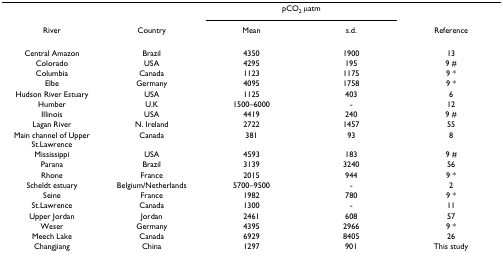
|  |  | <COLSPAN=2> pCO2 μatm |  |
 | River | Country | Mean | s.d. | Reference |
 | --- | --- | --- | --- | --- |
 | Central Amazon | Brazil | 4350 | 1900 | 13 |
 | Colorado | USA | 4295 | 195 | 9 # |
 | Columbia | Canada | 1123 | 1175 | 9 * |
 | Elbe | Germany | 4095 | 1758 | 9 * |
 | Hudson River Estuary | USA | 1125 | 403 | 6 |
 | Humber | U.K | 1500–6000 | - | 12 |
 | Illinois | USA | 4419 | 240 | 9 # |
 | Lagan River | N. Ireland | 2722 | 1457 | 55 |
 | Main channel of Upper St.Lawrence | Canada | 381 | 93 | 8 |
 | Mississippi | USA | 4593 | 183 | 9 # |
 | Parana | Brazil | 3139 | 3240 | 56 |
 | Rhone | France | 2015 | 944 | 9 * |
 | Scheldt estuary | Belgium/Netherlands | 5700–9500 | - | 2 |
 | Seine | France | 1982 | 780 | 9 * |
 | St.Lawrence | Canada | 1300 | - | 11 |
 | Upper Jordan | Jordan | 2461 | 608 | 57 |
 | Weser | Germany | 4395 | 2966 | 9 * |
 | Meech Lake | Canada | 6929 | 8405 | 26 |
 | Changjiang | China | 1297 | 901 | This study |